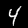
Label: 4